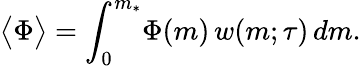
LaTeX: \begin{array}{ccc}{\displaystyle{\big\langle\Phi\big\rangle=\int_{0}^{m_{*}}\! \Phi(m)\, w(m;\tau)\, dm.}}\end{array}